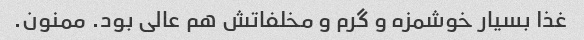
غذا بسیار خوشمزه و گرم و مخلفاتش هم عالی بود. ممنون.